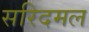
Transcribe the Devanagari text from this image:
सरिदमल